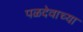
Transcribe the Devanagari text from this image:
पळदेवाच्या